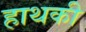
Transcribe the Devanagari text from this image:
हाथकी